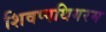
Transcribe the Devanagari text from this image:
शिवप्पथिगरम